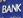
bank